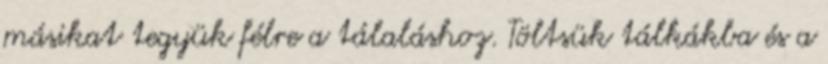
másikat tegyük félre a tálaláshoz. Töltsük tálkákba és a